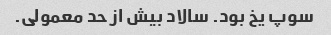
سوپ یخ بود. سالاد بیش از حد معمولی.